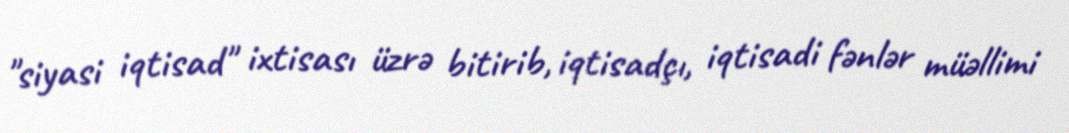
"siyasi iqtisad" ixtisası üzrə bitirib, iqtisadçı, iqtisadi fənlər müəllimi